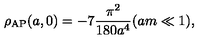
\rho _ { \mathrm { \tiny A P } } ( a , 0 ) = - 7 { \frac { \pi ^ { 2 } } { 1 8 0 a ^ { 4 } } } ( a m \ll 1 ) ,